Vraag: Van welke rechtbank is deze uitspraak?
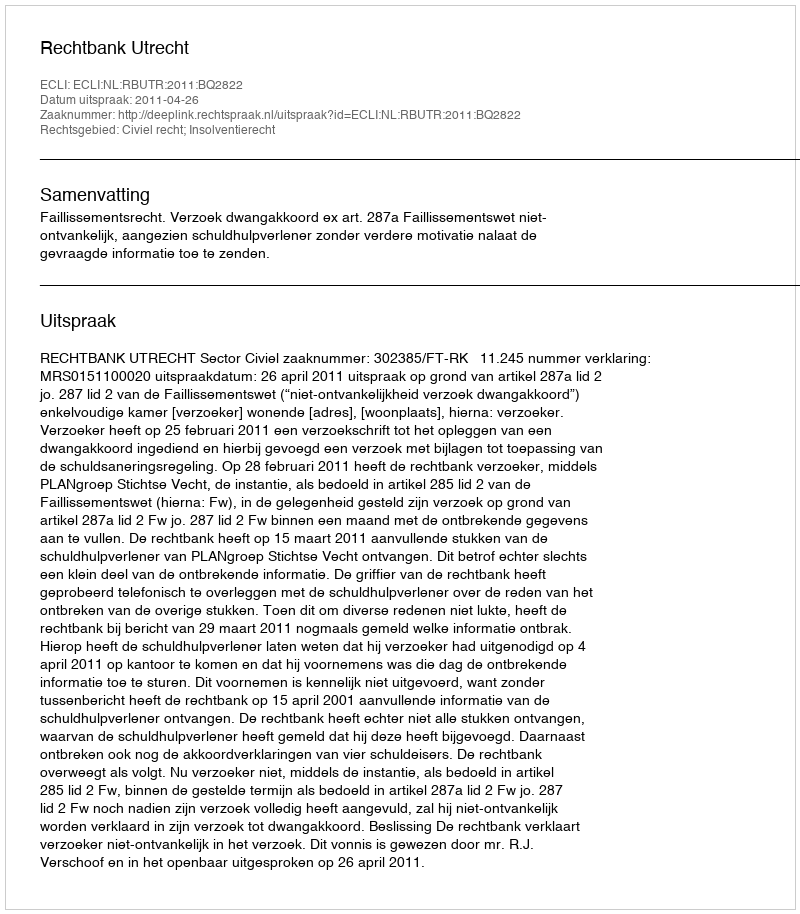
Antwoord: Rechtbank Utrecht